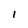
Character: I